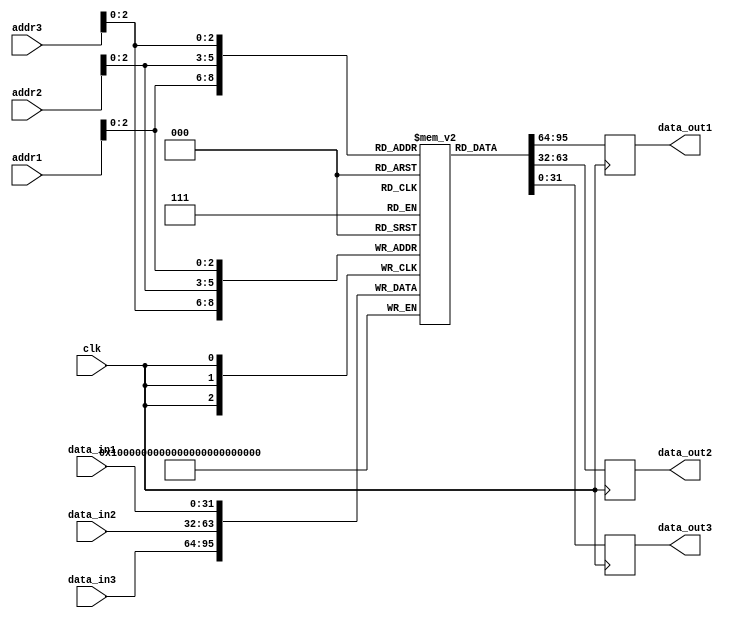
module register_file(
    input wire clk, // Clock signal
    input wire [31:0] addr1, addr2, addr3, // Address inputs for read/write ports
    input wire [31:0] data_in1, data_in2, data_in3, // Data inputs for write ports
    output reg [31:0] data_out1, data_out2, data_out3 // Data outputs for read ports
);

reg [31:0] memory_block [0:7]; // Set of memory blocks for the register file

always @(posedge clk) begin
    // Read data from memory blocks at specified addresses
    data_out1 <= memory_block[addr1];
    data_out2 <= memory_block[addr2];
    data_out3 <= memory_block[addr3];
    
    // Write data to memory blocks at specified addresses
    memory_block[addr1] <= data_in1;
    memory_block[addr2] <= data_in2;
    memory_block[addr3] <= data_in3;
end

endmodule